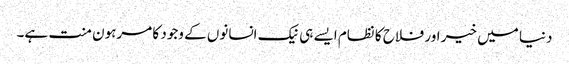
دنیا میں خیر اور فلاح کا نظام ایسے ہی نیک انسانوں کے وجود کا مرہون منت ہے۔